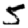
Digit: 5